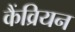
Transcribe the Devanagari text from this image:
कैंव्रियन